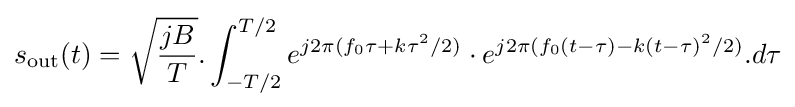
s_{\text{out}}(t)={\sqrt {\frac {jB}{T}}}.\int _{-T/2}^{T/2}e^{j2\pi (f_{0}\tau +k\tau ^{2}/2)}\cdot e^{j2\pi (f_{0}(t-\tau )-k(t-\tau )^{2}/2)}.d\tau